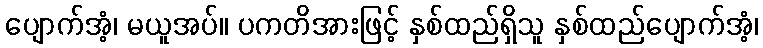
ပျောက်အံ့၊ မယူအပ်။ ပကတိအားဖြင့် နှစ်ထည်ရှိသူ နှစ်ထည်ပျောက်အံ့၊